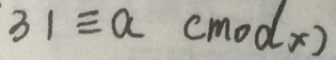
3 1 \equiv a ( m o d x )